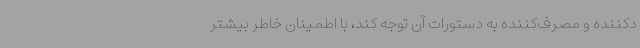
دکننده و مصرف‌کننده به دستورات آن توجه کند، با اطمینان خاطر بیشتر